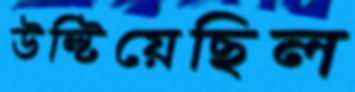
উল্‌টিয়েছিল